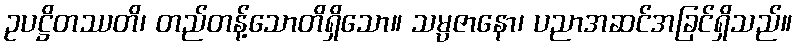
ဥပဋ္ဌိတဿတိ၊ တည်တန့်သောတိရှိသော။ သမ္ပဇာနော၊ ပညာအဆင်အခြင်ရှိသည်။